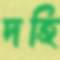
দহি